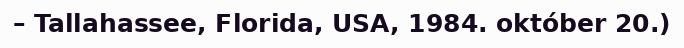
– Tallahassee, Florida, USA, 1984. október 20.)